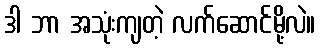
ဒါ ဘာ အသုံးကျတဲ့ လက်ဆောင်မို့လဲ။